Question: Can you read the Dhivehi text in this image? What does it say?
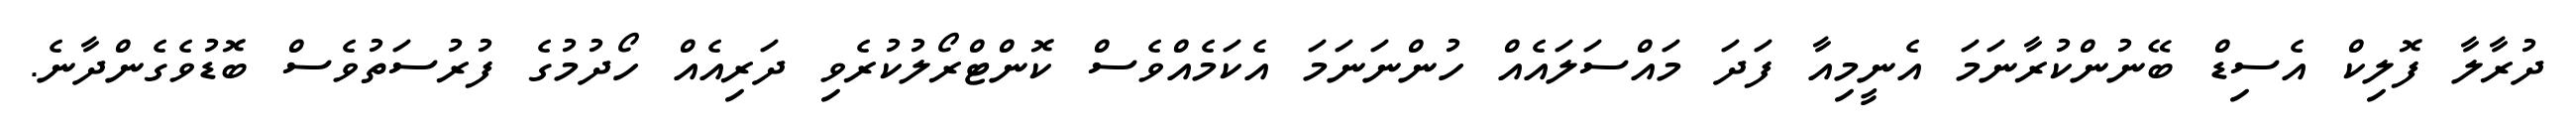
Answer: ދުރާލާ ފޮލިކް އެސިޑް ބޭނުންކުރާނަމަ އެނީމިއާ ފަދަ މައްސަލައެއް ހުންނަނަމަ އެކަމެއްވެސް ކޮންޓްރޯލުކުރެވި ދަރިއެއް ހޯދުމުގެ ފުރުސަތުވެސް ބޮޑުވެގެންދާނެ.